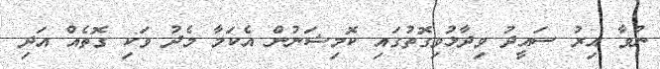
ނުވާ އިރު ސައީދު ވިދާޅުވިގޮތުގައި ކޮމިޝަނުން އެކަމާ މެދު ވަކި ގޮތެއް އަދި